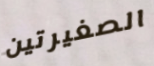
الصغيرتين